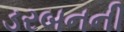
ડરબનની